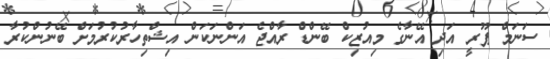
ސަނަމް ޕޫރީ އަދި އޭނާގެ މިއުޒިކް ބޭންޑް ރާއްޖެ އަންނަކަން އިޝްތިހާރުކުރުމަށް ބޭނުންކުރާ